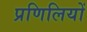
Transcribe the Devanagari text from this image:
प्रणिलियों